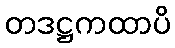
တဒဋ္ဌကထာပိ